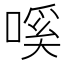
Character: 嗘